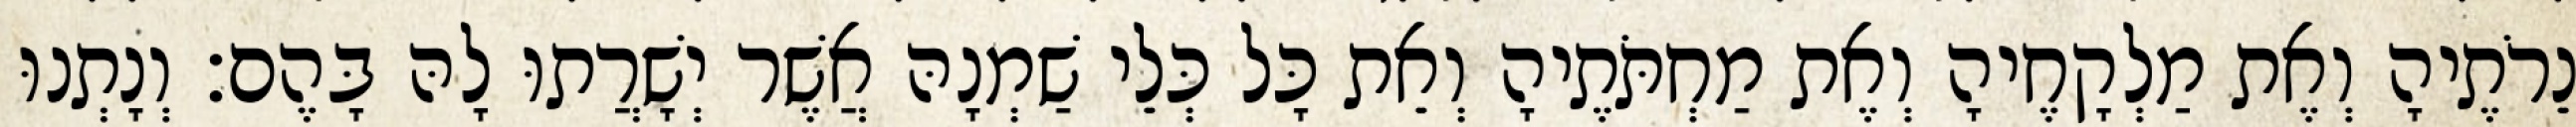
נֵרֹתֶיהָ וְאֶת מַלְקָחֶיהָ וְאֶת מַחְתֹּתֶיהָ וְאֵת כָּל כְּלֵי שַׁמְנָהּ אֲשֶׁר יְשָׁרֲתוּ לָהּ בָּהֶם׃ וְנָתְנוּ